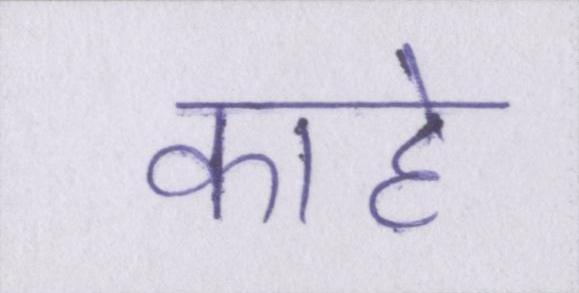
काहे